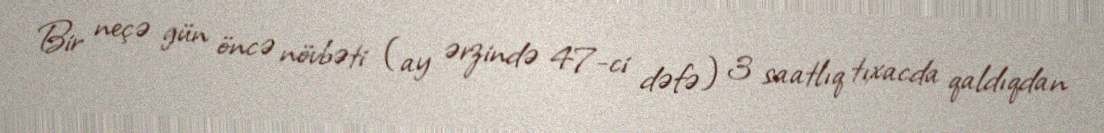
Bir neçə gün öncə növbəti (ay ərzində 47-ci dəfə) 3 saatlıq tıxacda qaldıqdan